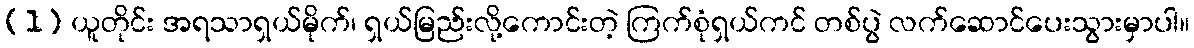
(1) ယူတိုင်း အရသာရှယ်မိုက်၊ ရှယ်မြည်းလို့ကောင်းတဲ့ ကြက်စုံရှယ်ကင် တစ်ပွဲ လက်ဆောင်ပေးသွားမှာပါ။